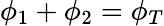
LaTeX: \phi_{1}+\phi_{2}=\phi_{T}